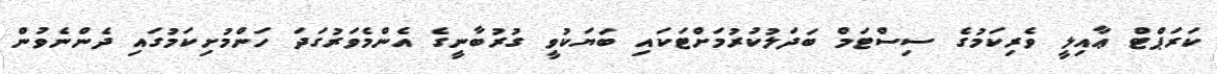
ކަރަޕްޓް ޢާއިލީ ވެރިކަމުގެ ސިސްޓަމް ބަދަލުކުރުމަށްޓަކައި ބަޔަކުވީ ގުރުބާނީގެ އެންމެވަރުގަދަ ހަންމުށިކަމުގައި ދެންނެވުން